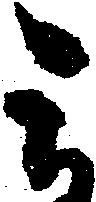
被